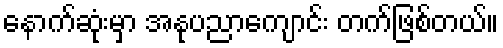
နောက်ဆုံးမှာ အနုပညာကျောင်း တက်ဖြစ်တယ်။